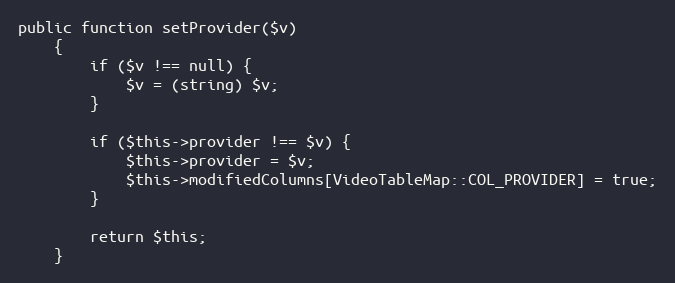
Language: PHP
public function setProvider($v)
    {
        if ($v !== null) {
            $v = (string) $v;
        }

        if ($this->provider !== $v) {
            $this->provider = $v;
            $this->modifiedColumns[VideoTableMap::COL_PROVIDER] = true;
        }

        return $this;
    }